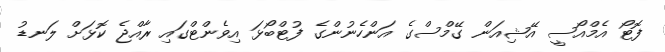
ފޮޓޯ އެމްއޯސީ އޭޝިއަން ގޭމްސްގެ އަންހެނުންގެ ފުޓްބޯޅަ އިވެންޓްގައި ރާއްޖެ ކޮޅަށް ލަނޑު